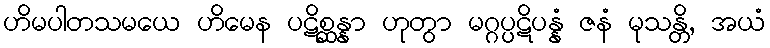
ဟိမပါတသမယေ ဟိမေန ပဋိစ္ဆန္နာ ဟုတွာ မဂ္ဂပ္ပဋိပန္နံ ဇနံ မုသန္တိ, အယံ